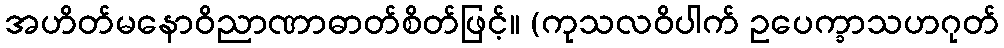
အဟိတ်မနောဝိညာဏာဓာတ်စိတ်ဖြင့်။ (ကုသလဝိပါက် ဥပေက္ခာသဟဂုတ်